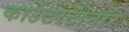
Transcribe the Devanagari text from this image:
काउंटरटीनॉर